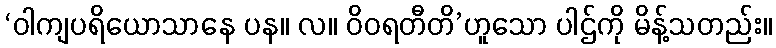
‘ဝါကျပရိယောသာနေ ပန။ လ။ ဝိဝရတီတိ’ဟူသော ပါဌ်ကို မိန့်သတည်း။